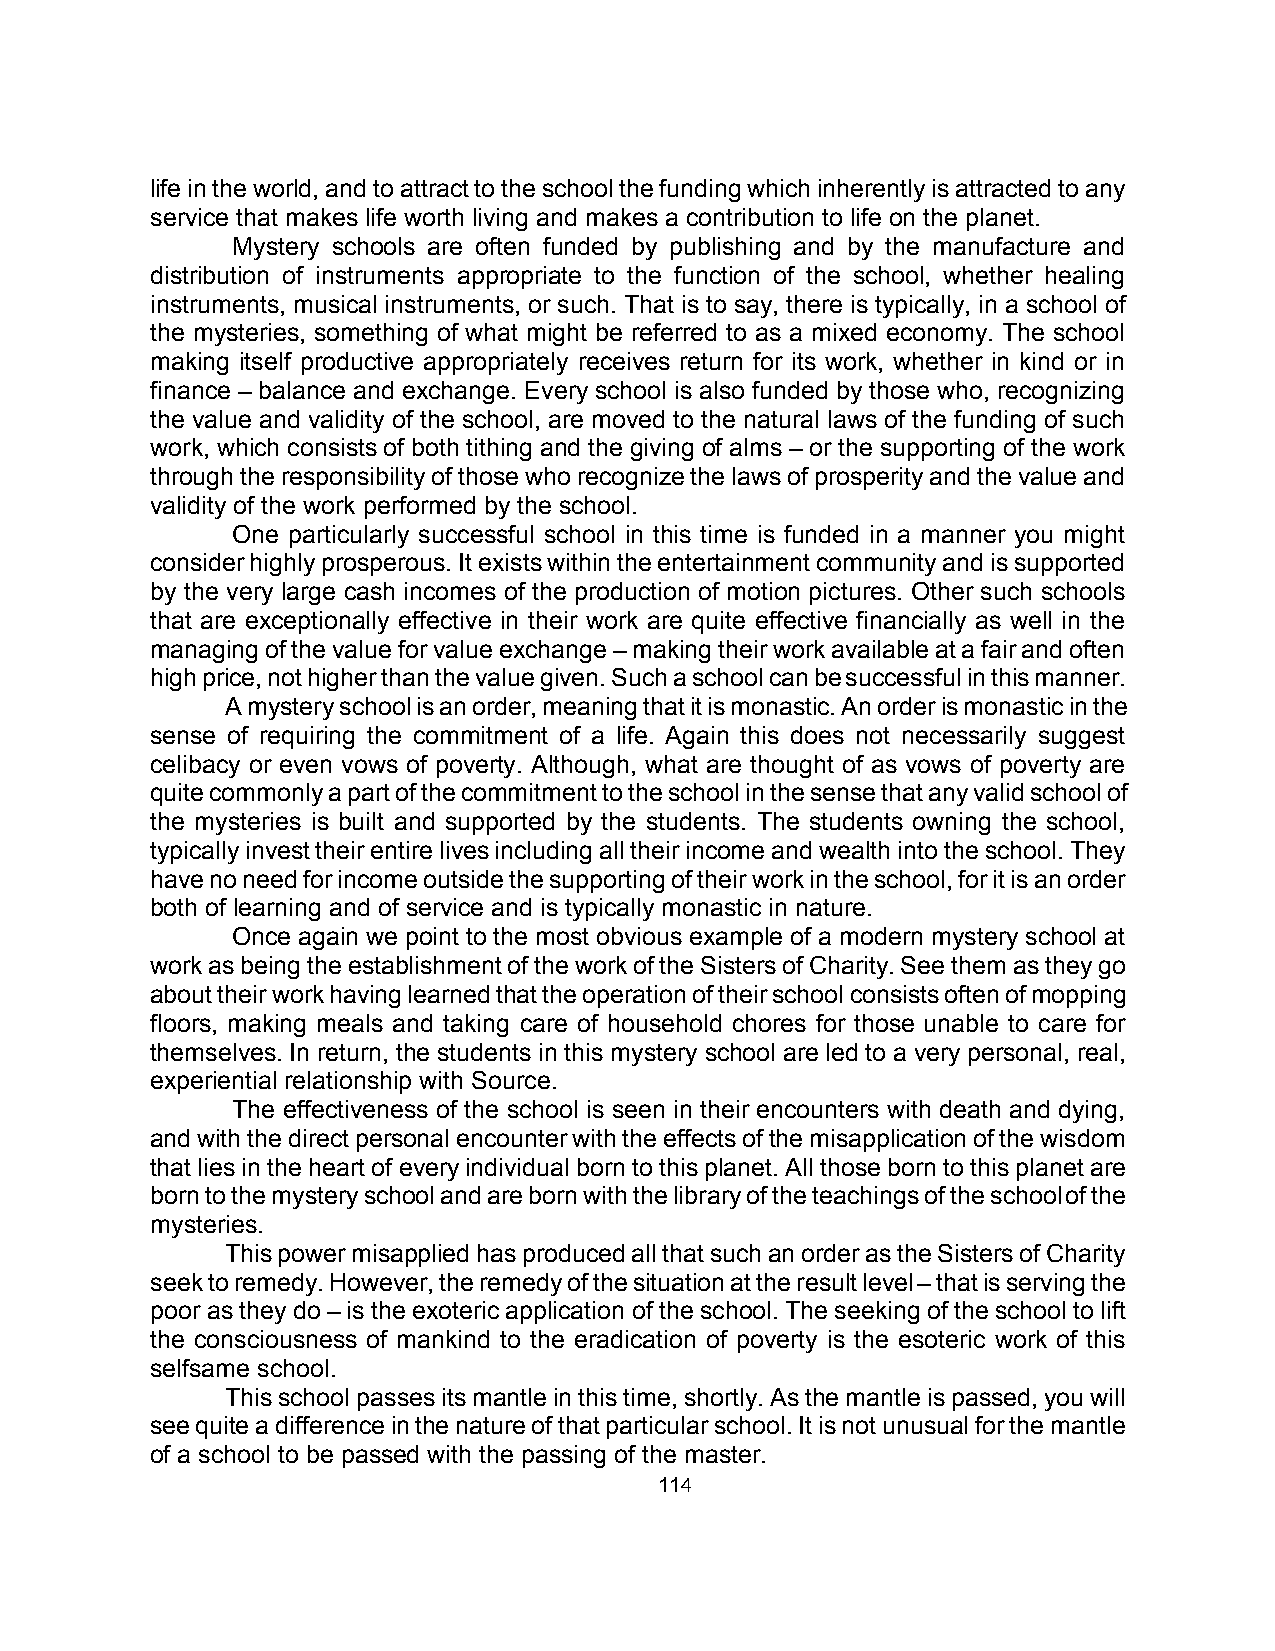
life in the world, and to attract to the school the funding which inherently is attracted to any
 service that makes life worth living and makes a contribution to life on the planet.
 Mystery schools are often funded by publishing and by the manufacture and
 distribution of instruments appropriate to the function of the school, whether healing
 instruments, musical instruments, or such. That is to say, there is typically, in a school of
 the mysteries, something of what might be referred to as a mixed economy. The school
 making itself productive appropriately receives return for its work, whether in kind or in
 finance – balance and exchange. Every school is also funded by those who, recognizing
 the value and validity of the school, are moved to the natural laws of the funding of such
 work, which consists of both tithing and the giving of alms – or the supporting of the work
 through the responsibility of those who recognize the laws of prosperity and the value and
 validity of the work performed by the school.
 One particularly successful school in this time is funded in a manner you might
 consider highly prosperous. It exists within the entertainment community and is supported
 by the very large cash incomes of the production of motion pictures. Other such schools
 that are exceptionally effective in their work are quite effective financially as well in the
 managing of the value for value exchange – making their work available at a fair and often
 high price, not higher than the value given. Such a school can be successful in this manner.
 A mystery school is an order, meaning that it is monastic. An order is monastic in the
 sense of requiring the commitment of a life. Again this does not necessarily suggest
 celibacy or even vows of poverty. Although, what are thought of as vows of poverty are
 quite commonly a part of the commitment to the school in the sense that any valid school of
 the mysteries is built and supported by the students. The students owning the school,
 typically invest their entire lives including all their income and wealth into the school. They
 have no need for income outside the supporting of their work in the school, for it is an order
 both of learning and of service and is typically monastic in nature.
 Once again we point to the most obvious example of a modern mystery school at
 work as being the establishment of the work of the Sisters of Charity. See them as they go
 about their work having learned that the operation of their school consists often of mopping
 floors, making meals and taking care of household chores for those unable to care for
 themselves. In return, the students in this mystery school are led to a very personal, real,
 experiential relationship with Source.
 The effectiveness of the school is seen in their encounters with death and dying,
 and with the direct personal encounter with the effects of the misapplication of the wisdom
 that lies in the heart of every individual born to this planet. All those born to this planet are
 born to the mystery school and are born with the library of the teachings of the school of the
 mysteries.
 This power misapplied has produced all that such an order as the Sisters of Charity
 seek to remedy. However, the remedy of the situation at the result level – that is serving the
 poor as they do – is the exoteric application of the school. The seeking of the school to lift
 the consciousness of mankind to the eradication of poverty is the esoteric work of this
 selfsame school.
 This school passes its mantle in this time, shortly. As the mantle is passed, you will
 see quite a difference in the nature of that particular school. It is not unusual for the mantle
 of a school to be passed with the passing of the master.
 114